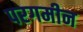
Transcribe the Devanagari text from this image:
परगमीन